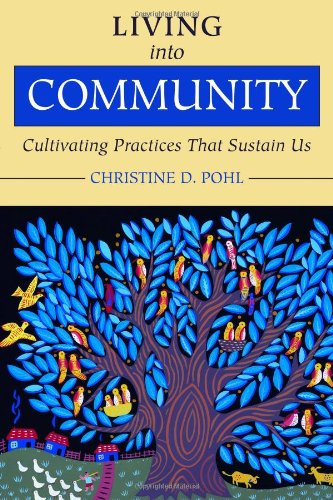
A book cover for Living into Community: Cultivating Practices That Sustain Us; Christine D. Pohl; Christian Books & Bibles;